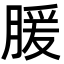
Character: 䐘